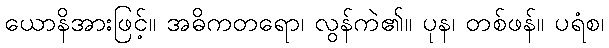
ယောနိအားဖြင့်။ အဓိကတရော၊ လွန်ကဲ၏။ ပုန၊ တစ်ဖန်။ ပရံစ၊